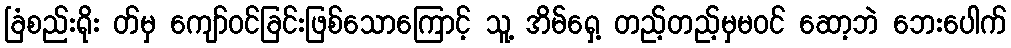
ခြံစည်းရိုး တ်မှ ကျော်ဝင်ခြင်းဖြစ်သောကြောင့် သူ့ အိမ်ရှေ့ တည့်တည့်မှမဝင် ဆော့ဘဲ ဘေးပေါက်